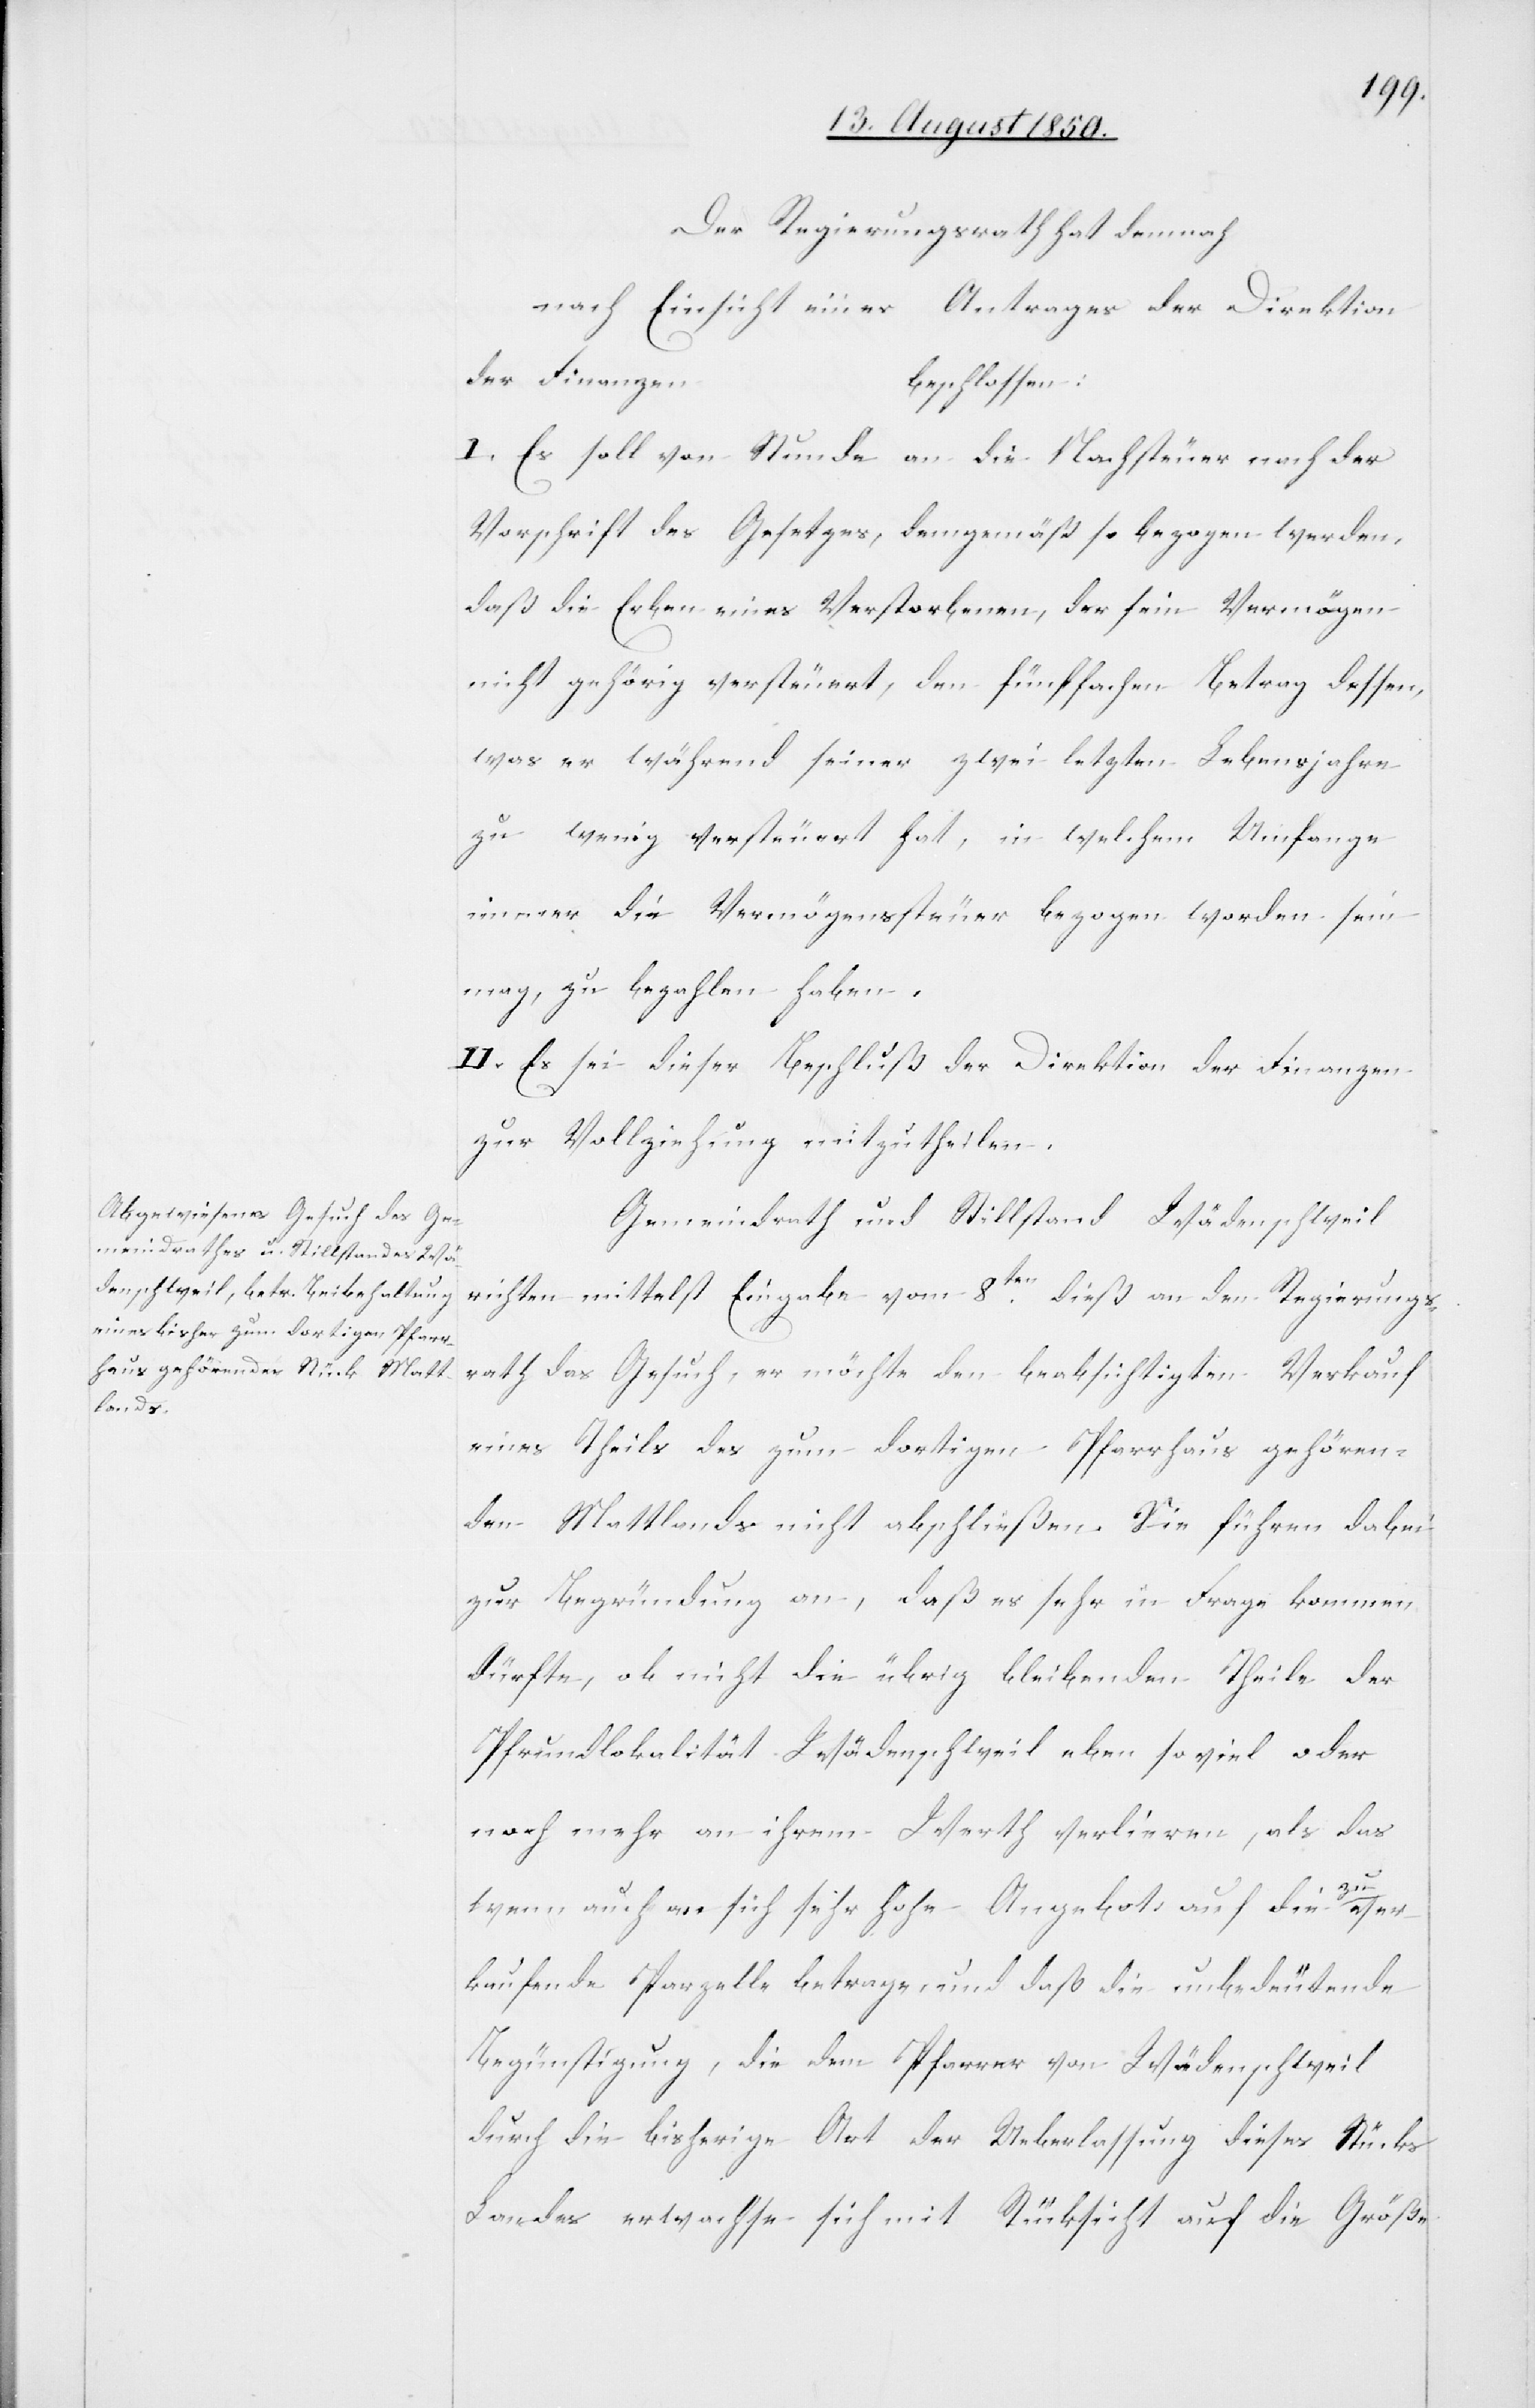
Der Regierungsrath hat demnach
nach Einsicht eines Antrages der Direktion
der Finanzen
beschlossen:
I. Es soll von Stunde an die Nachsteuer nach der
Vorschrift des Gesetzes, demgemäß so bezogen werden,
daß die Erben eines Verstorbenen, der sein Vermögen
nicht gehörig versteuert, den fünffachen Betrag dessen,
was er während seiner zwei letzten Lebensjahre
zu wenig versteuert hat, in welchem Umfange
immer die Vermögenssteuer bezogen worden sein
mag, zu bezahlen haben.
II. Es sei dieser Beschluß der Direktion der Finanzen
zur Vollziehung mitzutheilen.
Gemeindrath und Stillstand Wädenschweil
richten mittelst Eingabe vom 8ten dieß an den Regierungs¬
rath das Gesuch, er möchte den beabsichtigten Verkauf
eines Theils des zum dortigen Pfarrhaus gehören¬
den Mattlands nicht abschließen. Sie führen dabei
zur Begründung an, daß es sehr in Frage kommen
dürfte, ob nicht die übrig bleibenden Theile der
Pfrundlokalität Wädenschweil eben so viel oder
noch mehr an ihrem Werth verlieren, als das
wenn auch an sich sehr hohe Angebot auf die zu ver¬
kaufende Parzelle betrage, und daß die unbedeutende
Begünstigung, die dem Pfarrer von Wädenschweil
durch die bisherige Art der Ueberlassung dieses Stücks
Landes erwachse sich mit Rücksicht auf die Größe